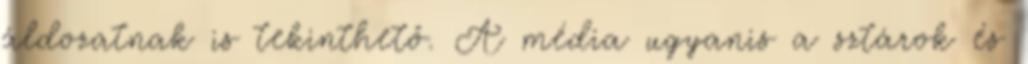
áldozatnak is tekinthető. A média ugyanis a sztárok és